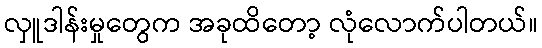
လှူဒါန်းမှုတွေက အခုထိတော့ လုံလောက်ပါတယ်။